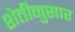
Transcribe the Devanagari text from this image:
शेतीनुसार